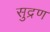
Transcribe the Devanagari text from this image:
सुद्रण